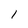
Character: 1